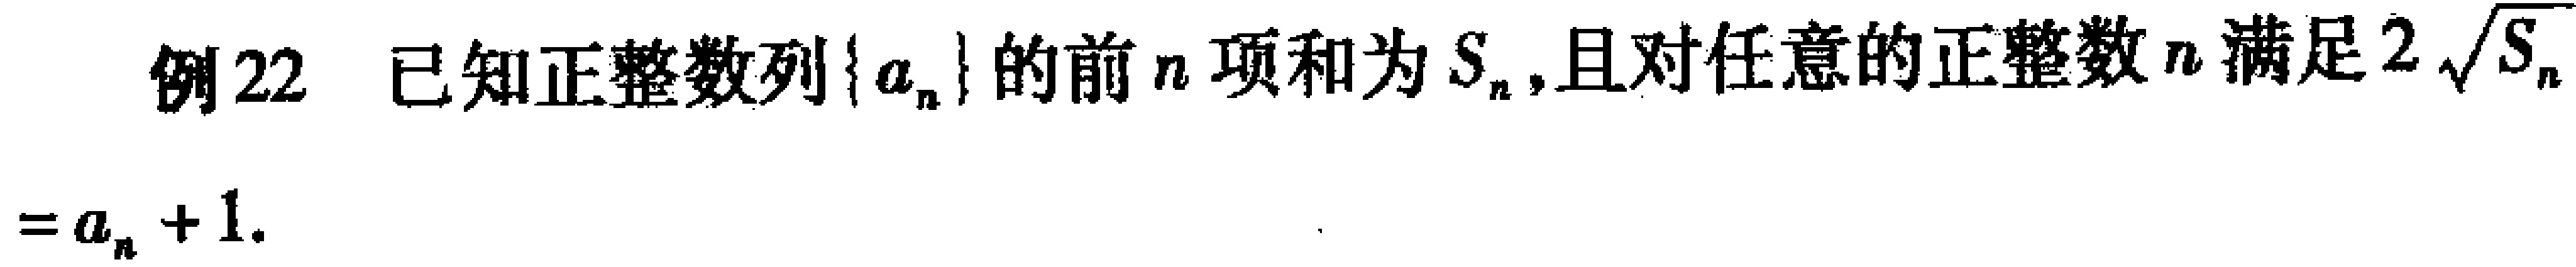
例22 已知正整数列\(\{a_{n}\}\)的前\(n\)项和为\(S_{n}\),且对任意的正整数\(n\)满足\(2\sqrt{S_{n}} = a_{n}+1\).